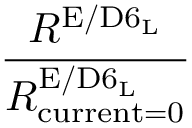
\frac { R ^ { \mathrm { E / D 6 _ { L } } } } { R _ { \mathrm { c u r r e n t = 0 } } ^ { \mathrm { E / D 6 _ { L } } } }